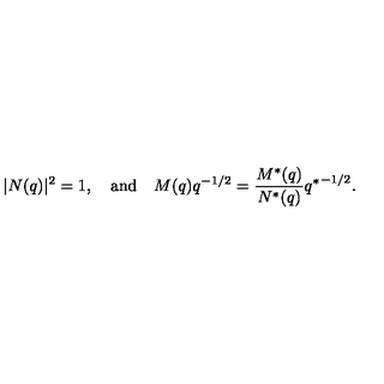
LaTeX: | N ( q ) | ^ { 2 } = 1 , \quad \mathrm { a n d } \quad M ( q ) q ^ { - 1 / 2 } = \frac { M ^ { * } ( q ) } { N ^ { * } ( q ) } { q ^ { * } } ^ { - 1 / 2 } .